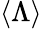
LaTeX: \langle\Lambda\rangle